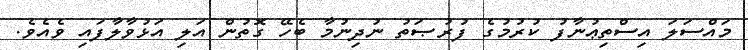
މައްސަލަ އިސްތިޢުނާފު ކުރުމުގެ ފުރުޞަތު ނުދިނުމާ ބެހޭ ގޮތުން އަލި އަޅުވާލާފައި ވެއެވެ.